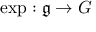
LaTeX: \exp : { \mathfrak { g } } \to G